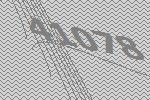
41078